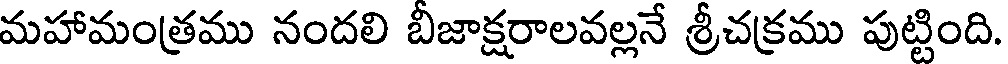
మహామంత్రము నందలి బిజాక్షరాలవల్లనే శ్రీచక్రము పుట్టింది.